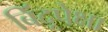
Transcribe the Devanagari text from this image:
बिंदूपेक्षा